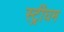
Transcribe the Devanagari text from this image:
स्ट्रींघम